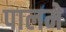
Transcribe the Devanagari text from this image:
पालमे